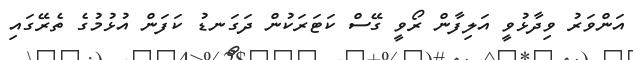
އަންވަރު ވިދާޅުވީ އަލިފާން ރޯވީ ގޭސް ކަޓަރަކުން ދަގަނޑު ކަފަން އުޅުމުގެ ތެރޭގައި